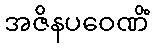
အဇိနပဝေဏိံ